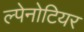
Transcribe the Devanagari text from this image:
ल्पेनोटियर